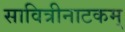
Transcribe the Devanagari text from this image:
सावित्रीनाटकम्